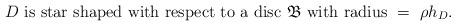
LaTeX: \begin{align*}{D}\ {\rm is\ star\ shaped\ with\ respect\ to\ a\ disc\ \mathfrak{B}\ with\ radius\ =\ \rho}h_D.\end{align*}